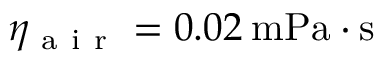
\eta _ { \mathrm { ~ a ~ i ~ r ~ } } = 0 . 0 2 \: \mathrm { m P a \cdot s }